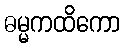
ဓမ္မကထိကော